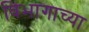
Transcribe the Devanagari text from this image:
विभागाच्‍या